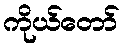
ကိုယ်တော်